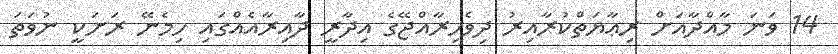
14 ވަނަ މާއްދާއަށް ރިޢާޔަތްކުރާއިރު ދިވެހިރާއްޖޭގެ އިދާރީ ދާއިރާއެއްގައި ހިމެނޭ ރަށަކީ ނުވަތަ